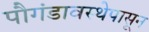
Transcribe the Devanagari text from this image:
पौगंडावस्थेपासून